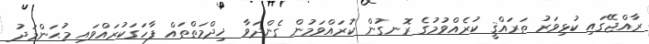
ރާއްޖޭގައި ކުޅިވަރު ތަރައްޤީ ކުރެއްވުމުގެ ރޮނގުން ކުރައްވަމުން ގެންދަވާ ޚިދްމަތްތައް ފާހަގަކުރައްވައި މުޙަންމަދު